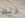
ذلك